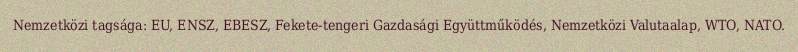
Nemzetközi tagsága: EU, ENSZ, EBESZ, Fekete-tengeri Gazdasági Együttműködés, Nemzetközi Valutaalap, WTO, NATO.